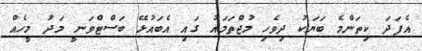
އެފަދަ ކިތަންމެ ބަޔަކު ދިވެހި މުޖްތަމައު ގައި އެބައުޅޭ ބަސްޓްވަނީ މަދު މީހެއް